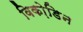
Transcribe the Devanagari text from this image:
विको़डिन